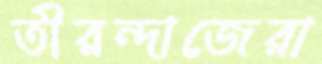
তীরন্দাজেরা